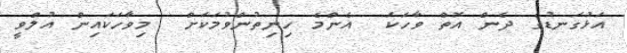
އަޅުގަނޑުގެ ދެން އޮތް ވާހަކަ  އެންމެ ހިނިތުންވުމަކަށް  މިވާހަކައިން އުލްވީ